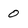
Character: 0